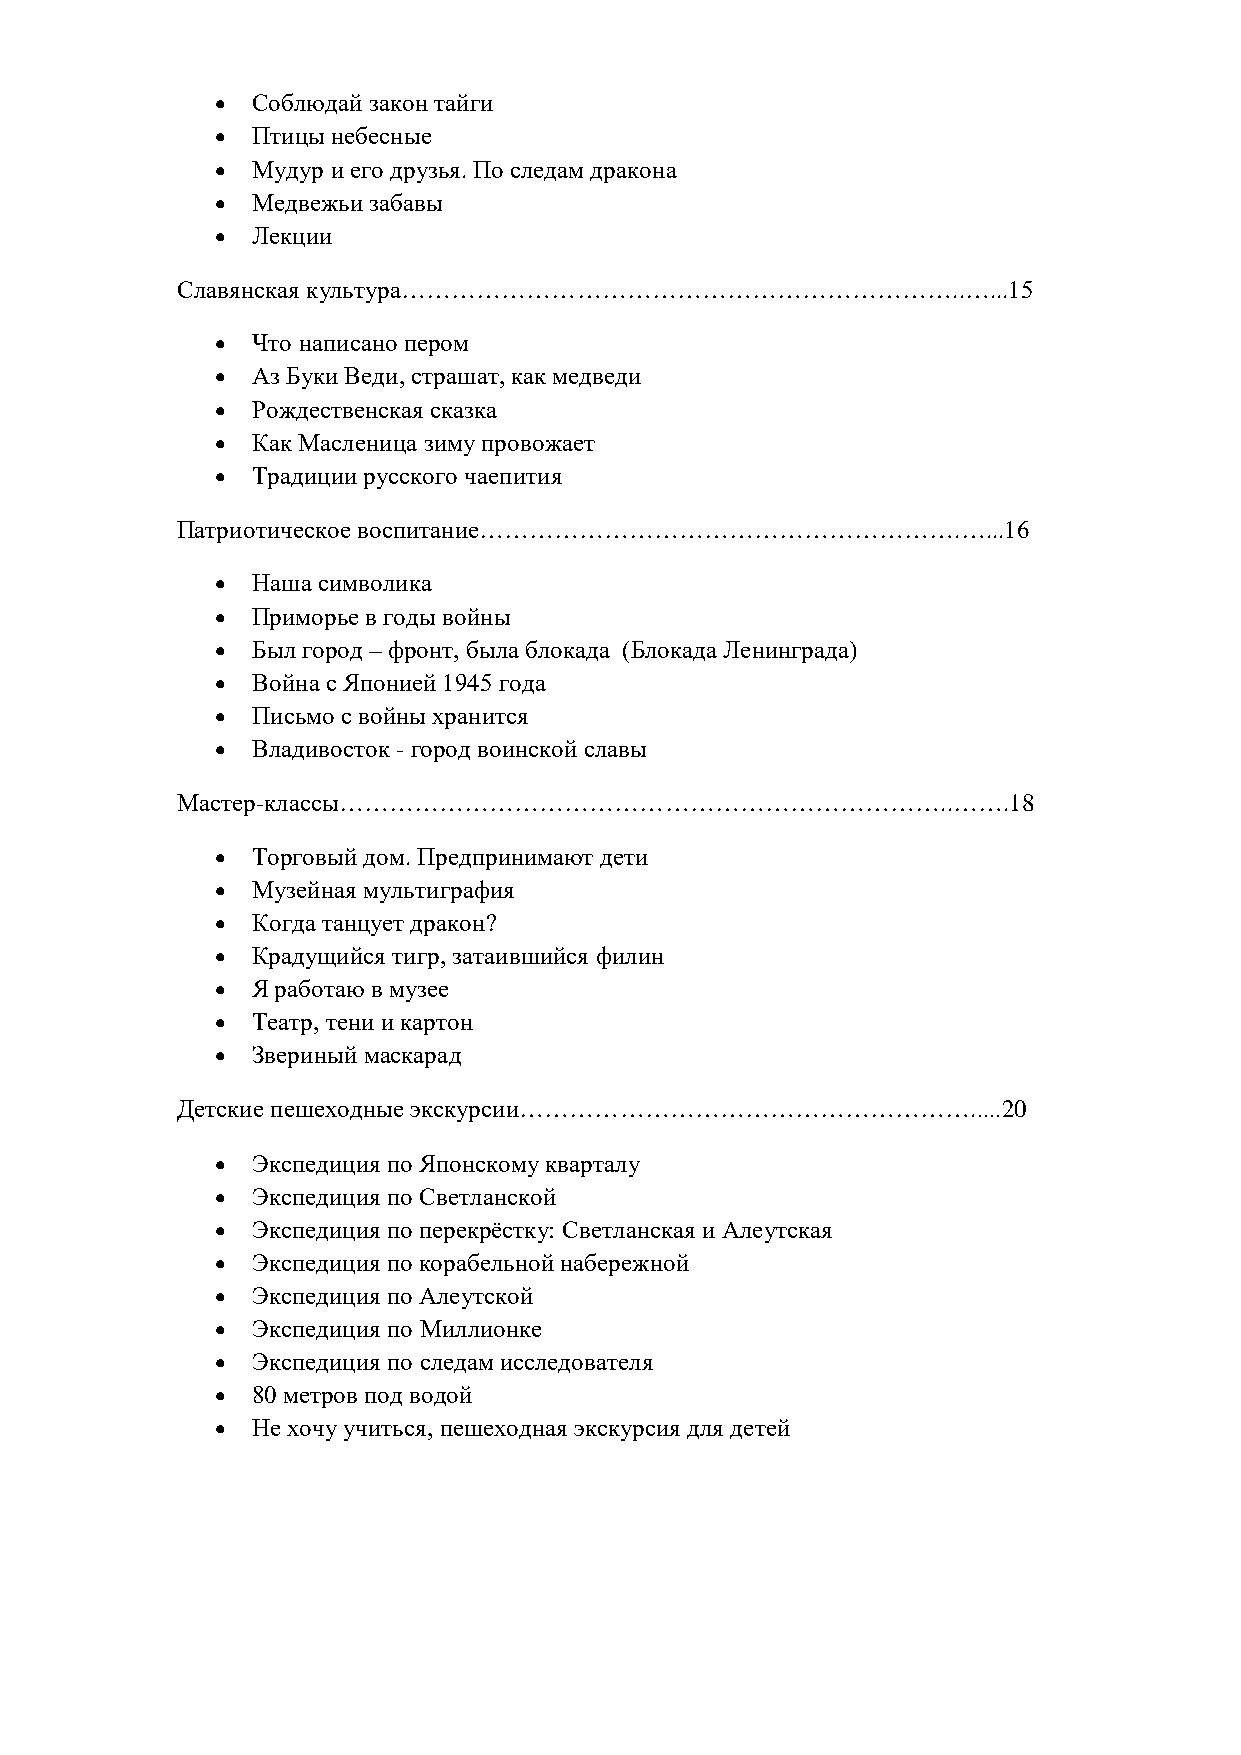
  Соблюдай закон тайги
   Птицы небесные
   Мудур и его друзья. По следам дракона
   Медвежьи забавы
   Лекции
 Славянская культура…………………………………………………………..…...15
   Что написано пером
   Аз Буки Веди, страшат, как медведи
   Рождественская сказка
   Как Масленица зиму провожает
   Традиции русского чаепития
 Патриотическое воспитание………………………………………………….…...16
   Наша символика
   Приморье в годы войны
   Был город – фронт, была блокада (Блокада Ленинграда)
   Война с Японией 1945 года
   Письмо с войны хранится
   Владивосток - город воинской славы
 Мастер-классы………………………………………………………………..…….18
   Торговый дом. Предпринимают дети
   Музейная мультиграфия
   Когда танцует дракон?
   Крадущийся тигр, затаившийся филин
   Я работаю в музее
   Театр, тени и картон
   Звериный маскарад
 Детские пешеходные экскурсии……………………………………………….....20
   Экспедиция по Японскому кварталу
   Экспедиция по Светланской
   Экспедиция по перекрёстку: Светланская и Алеутская
   Экспедиция по корабельной набережной
   Экспедиция по Алеутской
   Экспедиция по Миллионке
   Экспедиция по следам исследователя
   80 метров под водой
   Не хочу учиться, пешеходная экскурсия для детей